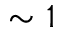
\sim 1